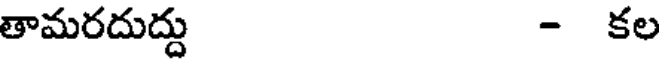
తామరదుద్దు - కల